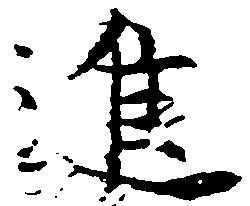
進